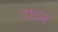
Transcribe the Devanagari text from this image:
टाटर